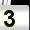
Digit: 3